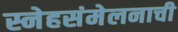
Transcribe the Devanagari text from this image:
स्नेहसंमेलनाची